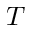
T